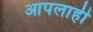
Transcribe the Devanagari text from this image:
आपलाही